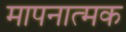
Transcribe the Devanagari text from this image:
मापनात्मक